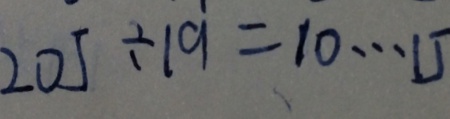
2 0 5 \div 1 9 = 1 0 \cdots 1 5